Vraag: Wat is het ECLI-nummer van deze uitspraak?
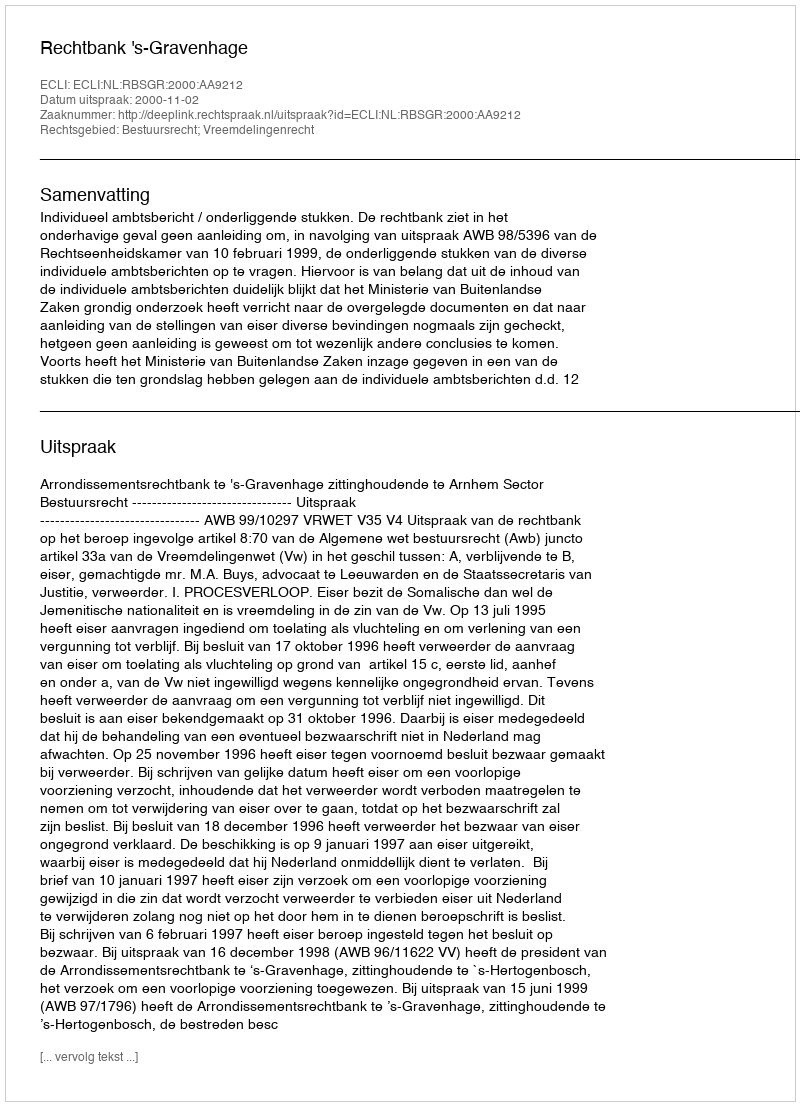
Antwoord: ECLI:NL:RBSGR:2000:AA9212